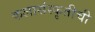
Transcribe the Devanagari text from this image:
कलासंस्कृतीची